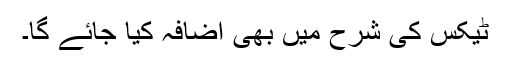
ٹیکس کی شرح میں بھی اضافہ کیا جائے گا۔